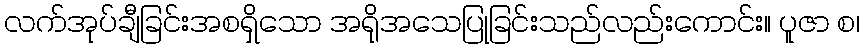
လက်အုပ်ချီခြင်းအစရှိသော အရိုအသေပြုခြင်းသည်လည်းကောင်း။ ပူဇာ စ၊